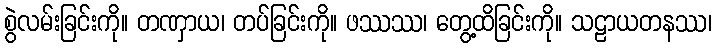
စွဲလမ်းခြင်းကို။ တဏှာယ၊ တပ်ခြင်းကို။ ဖဿဿ၊ တွေ့ထိခြင်းကို။ သဠာယတနဿ၊